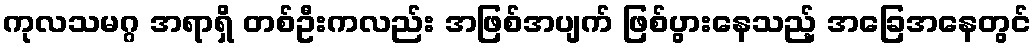
ကုလသမဂ္ဂ အရာရှိ တစ်ဦးကလည်း အဖြစ်အပျက် ဖြစ်ပွားနေသည့် အခြေအနေတွင်